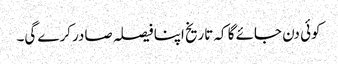
کوئی دن جائے گا کہ تاریخ اپنا فیصلہ صادر کرے گی۔